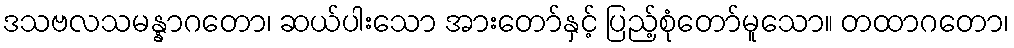
ဒသဗလသမန္နာဂတော၊ ဆယ်ပါးသော အားတော်နှင့် ပြည့်စုံတော်မူသော။ တထာဂတော၊